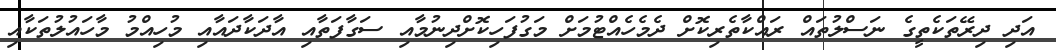
އަދި ދިރޭތަކެތީގެ ނަސްލުތައް ރައްކާތެރިކޮށް ދެމެހެއްޓުމަށް މަގުފަހިކޮށްދިނުމާއި ސަގާފަތާއި އާދަކާދައާއި މުހިއްމު މާހައުލުތަކާއި